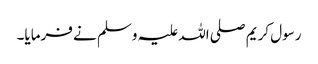
رسول کریم صلی اللہ علیہ وسلم نے فرمایا۔